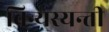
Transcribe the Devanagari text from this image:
विन्यस्यन्ती